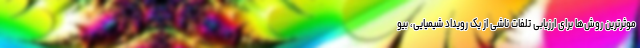
موثرترین روش‌ها برای ارزیابی تلفات ناشی از یک رویداد شیمیایی، بیو